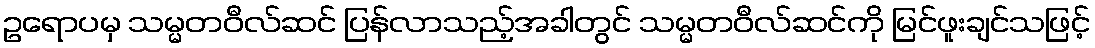
ဥရောပမှ သမ္မတဝီလ်ဆင် ပြန်လာသည့်အခါတွင် သမ္မတဝီလ်ဆင်ကို မြင်ဖူးချင်သဖြင့်